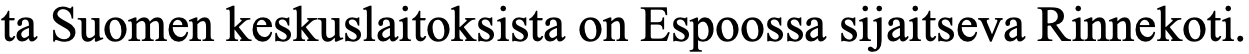
ta Suomen keskuslaitoksista on Espoossa sijaitseva Rinnekoti.